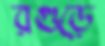
রগুড়ে